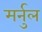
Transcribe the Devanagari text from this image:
मर्नुल